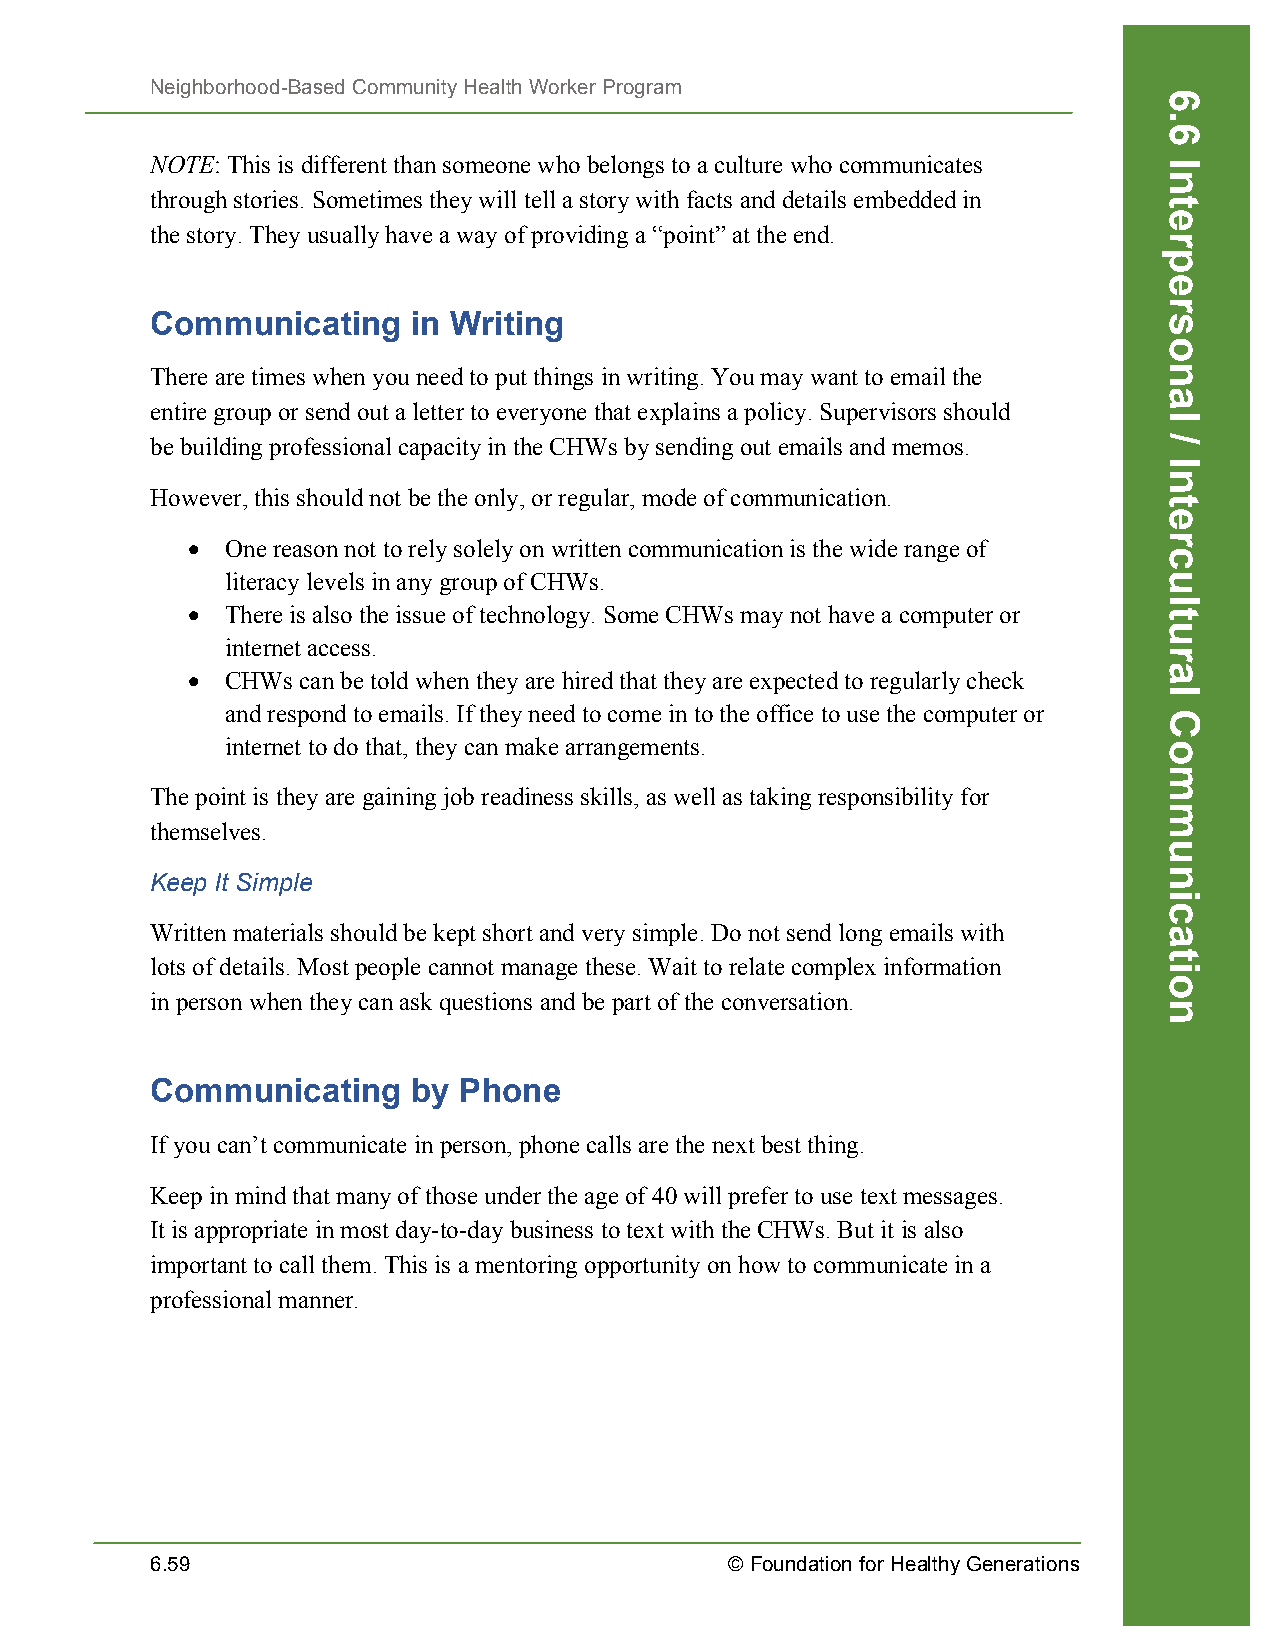
Neighborhood-Based Community Health Worker Program
 NOTE: This is different than someone who belongs to a culture who communicates
 through stories. Sometimes they will tell a story with facts and details embedded in
 the story. They usually have a way of providing a “point” at the end.
 Communicating    in Writing
 There are times when you need to put things in writing. You may want to email the
 entire group or send out a letter to everyone that explains a policy. Supervisors should
 be building professional capacity in the CHWs by sending out emails and memos.
 However, this should not be the only, or regular, mode of communication.
 •  One reason not to rely solely on written communication is the wide range of
 literacy levels in any group of CHWs.
 •  There is also the issue of technology. Some CHWs may not have a computer or
 internet access.
 •  CHWs can be told when they are hired that they are expected to regularly check
 and respond to emails. If they need to come in to the office to use the computer or
 internet to do that, they can make arrangements.
 The point is they are gaining job readiness skills, as well as taking responsibility for
 themselves.
 Keep It Simple
 Written materials should be kept short and very simple. Do not send long emails with
 lots of details. Most people cannot manage these. Wait to relate complex information
 in person when they can ask questions and be part of the conversation.
 Communicating    by Phone
 If you can’t communicate in person, phone calls are the next best thing.
 Keep in mind that many of those under the age of 40 will prefer to use text messages.
 It is appropriate in most day-to-day business to text with the CHWs. But it is also
 important to call them. This is a mentoring opportunity on how to communicate in a
 professional manner.
 6.59                                  © Foundation for Healthy Generations
 6.6
 Interpersonal
 /
 Intercultural
 Communication